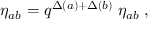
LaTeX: \eta _ { a b } = q ^ { \Delta ( a ) + \Delta ( b ) } \; \eta _ { a b } \; ,